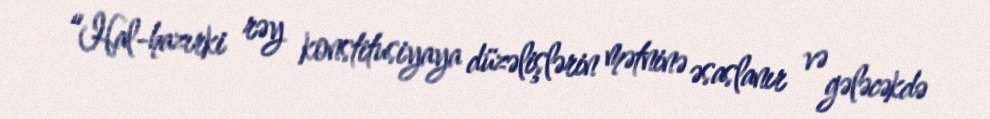
“Hal-hazırki rəy konstitusiyaya düzəlişlərin mətninə əsaslanır və gələcəkdə